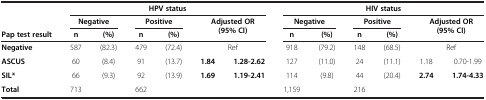
<table><thead><tr><td rowspan="2"><b> </b></td><td colspan="6"><b>HPV status</b></td><td colspan="6"><b>HIV status</b></td></tr><tr><td colspan="2"><b>Negative</b></td><td colspan="2"><b>Positive</b></td><td rowspan="2" colspan="2"><b>Adjusted OR (95% CI)</b></td><td colspan="2"><b>Negative</b></td><td colspan="2"><b>Positive</b></td><td rowspan="2" colspan="2"><b>Adjusted OR (95% CI)</b></td></tr><tr><td><b>Pap test result</b></td><td><b>n</b></td><td><b>(%)</b></td><td><b>n</b></td><td><b>(%)</b></td><td><b>n</b></td><td><b>(%)</b></td><td><b>n</b></td><td><b>(%)</b></td></tr></thead><tbody><tr><td><b>Negative</b></td><td>587</td><td>(82.3)</td><td>479</td><td>(72.4)</td><td colspan="2">Ref</td><td>918</td><td>(79.2)</td><td>148</td><td>(68.5)</td><td colspan="2">Ref</td></tr><tr><td><b>ASCUS</b></td><td>60</td><td>(8.4)</td><td>91</td><td>(13.7)</td><td><b>1.84</b></td><td><b>1.28-2.62</b></td><td>127</td><td>(11.0)</td><td>24</td><td>(11.1)</td><td>1.18</td><td>0.70-1.99</td></tr><tr><td><b>SIL*</b></td><td>66</td><td>(9.3)</td><td>92</td><td>(13.9)</td><td><b>1.69</b></td><td><b>1.19-2.41</b></td><td>114</td><td>(9.8)</td><td>44</td><td>(20.4)</td><td><b>2.74</b></td><td><b>1.74-4.33</b></td></tr><tr><td><b>Total</b></td><td>713</td><td> </td><td>662</td><td> </td><td> </td><td> </td><td>1,159</td><td> </td><td>216</td><td> </td><td> </td><td> </td></tr></tbody></table>